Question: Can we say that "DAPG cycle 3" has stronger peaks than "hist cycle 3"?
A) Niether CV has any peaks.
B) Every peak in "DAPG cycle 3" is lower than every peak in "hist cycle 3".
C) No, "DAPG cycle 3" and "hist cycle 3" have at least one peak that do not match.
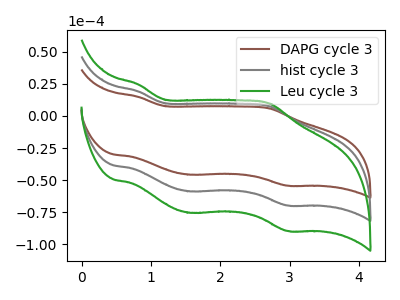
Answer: <think>The brown curve "DAPG cycle 3" has anodic peaks at (0.80V, 14.90uA) (2.70V, 5.85uA) and cathodic peaks at (1.55V, -45.75uA) (3.00V, -54.40uA). The gray curve "hist cycle 3" has anodic peaks at (0.80V, 19.15uA) (2.70V, 7.50uA) and cathodic peaks at (1.55V, -58.80uA) (3.00V, -69.85uA). The green curve "Leu cycle 3" has anodic peaks at (0.80V, 38.30uA) (2.70V, 15.05uA) and cathodic peaks at (1.55V, -117.60uA) (3.00V, -139.70uA).</think>
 <answer>B) Every peak in "DAPG cycle 3" is lower than every peak in "hist cycle 3".</answer>
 <eval>B</eval>